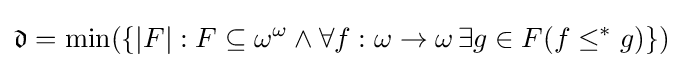
{\mathfrak {d}}=\min(\{|F|:F\subseteq \omega ^{\omega }\land \forall f:\omega \to \omega \,\exists g\in F(f\leq ^{*}g)\})